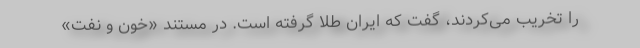
را تخریب می‌کردند، گفت که ایران طلا گرفته است. در مستند «خون و نفت»